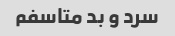
سرد و بد متاسفم